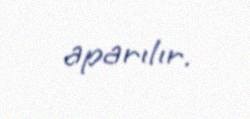
aparılır.